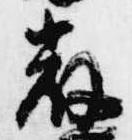
厳